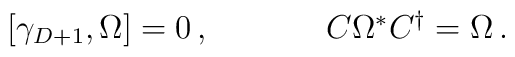
\begin{array}{cc}[\gamma_{D+1},\Omega]=0\,,~~~~&~~~~C\Omega^{\ast}C^{\dagger}=\Omega\,.\end{array}